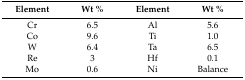
| Element | Wt % | Element | Wt % |
 | --- | --- | --- | --- |
 | Cr | 6.5 | Al | 5.6 |
 | Co | 9.6 | Ti | 1.0 |
 | W | 6.4 | Ta | 6.5 |
 | Re | 3 | Hf | 0.1 |
 | Mo | 0.6 | Ni | Balance |